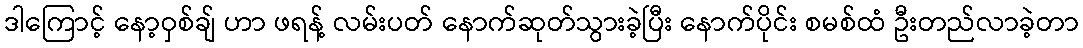
ဒါကြောင့် နော့ဝှစ်ချ် ဟာ ဖရန့် လမ်းပတ် နောက်ဆုတ်သွားခဲ့ပြီး နောက်ပိုင်း စမစ်ထံ ဦးတည်လာခဲ့တာ